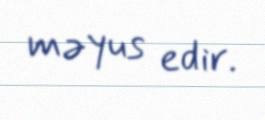
məyus edir.